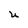
Character: U